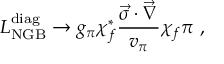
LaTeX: { \cal { L } } _ { \mathrm { N G B } } ^ { \mathrm { d i a g } } \to g _ { \pi } \chi _ { f } ^ { * } \frac { \vec { \sigma } \cdot \vec { \nabla } } { v _ { \pi } } \chi _ { f } \pi ~ ,